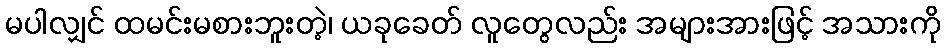
မပါလျှင် ထမင်းမစားဘူးတဲ့၊ ယခုခေတ် လူတွေလည်း အများအားဖြင့် အသားကို